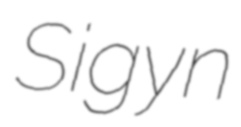
Sigyn